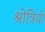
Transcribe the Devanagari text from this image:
श्रोत्रियो